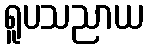
ရူပသညာယ